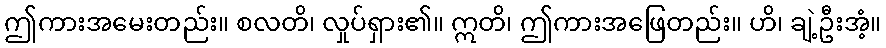
ဤကားအမေးတည်း။ စလတိ၊ လှုပ်ရှား၏။ ဣတိ၊ ဤကားအဖြေတည်း။ ဟိ၊ ချဲ့ဦးအံ့။